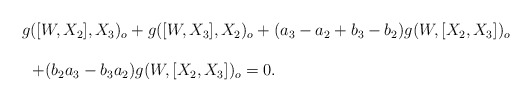
\begin{align*} \begin{array}{lll} && g([W, X_2], X_3)_o+g([W, X_3], X_2)_o+(a_3-a_2+b_3-b_2)g(W, [X_2, X_3])_o\ \\\\&&\ \ +(b_2a_3-b_3a_2)g(W, [X_2, X_3])_o=0.\end{array}\end{align*}